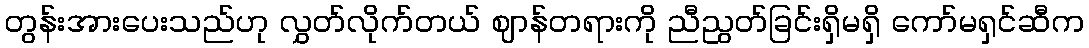
တွန်းအားပေးသည်ဟု လွှတ်လိုက်တယ် ဈာန်တရားကို ညီညွတ်ခြင်းရှိမရှိ ကော်မရှင်ဆီက